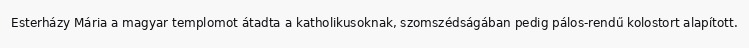
Esterházy Mária a magyar templomot átadta a katholikusoknak, szomszédságában pedig pálos-rendű kolostort alapított.